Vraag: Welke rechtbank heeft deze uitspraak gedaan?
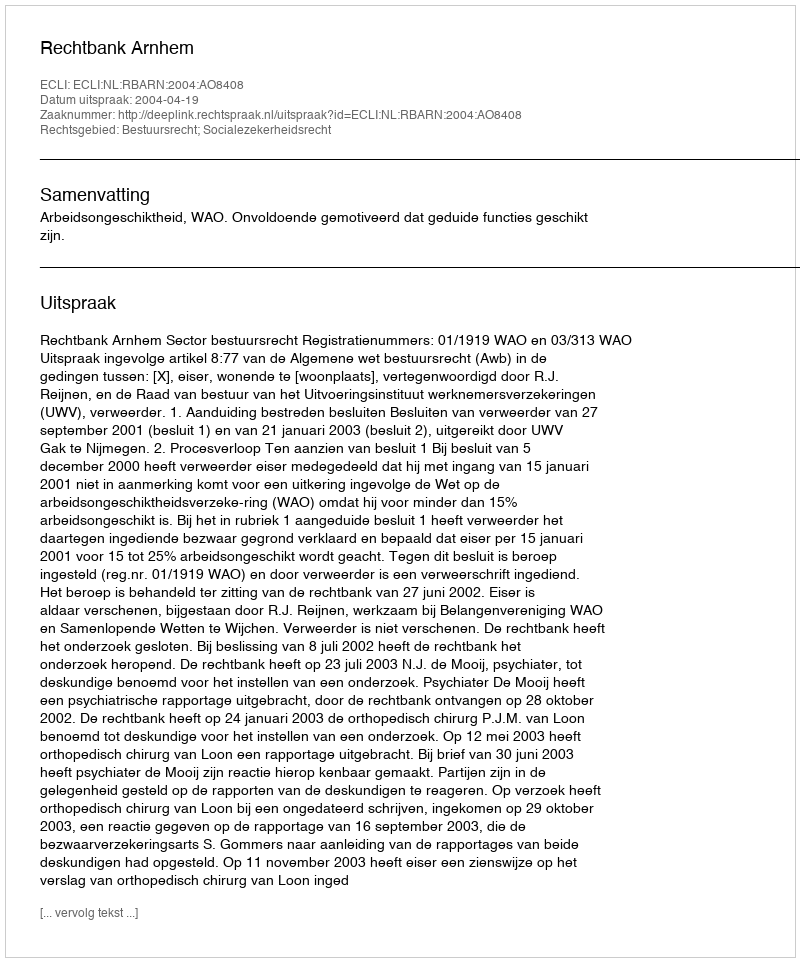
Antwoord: Rechtbank Arnhem